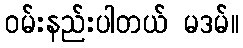
ဝမ်းနည်းပါတယ် မဒမ်။